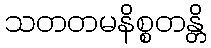
သတတမနိစ္စတန္တိ